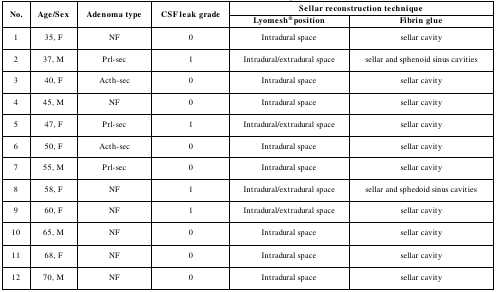
| <ROWSPAN=2> No. | <ROWSPAN=2> Age/Sex | <ROWSPAN=2> Adenoma type | <ROWSPAN=2> CSF leak grade | <COLSPAN=2> Sellar reconstruction technique |
 | Lyomesh®position | Fibrin glue |
 | --- | --- | --- | --- | --- | --- |
 | 1 | 35, F | NF | 0 | Intradural space | sellar cavity |
 | 2 | 37, M | Prl-sec | 1 | Intradural/extradural space | sellar and sphenoid sinus cavities |
 | 3 | 40, F | Acth-sec | 0 | Intradural space | sellar cavity |
 | 4 | 45, M | NF | 0 | Intradural space | sellar cavity |
 | 5 | 47, F | Prl-sec | 1 | Intradural/extradural space | sellar cavity |
 | 6 | 50, F | Acth-sec | 0 | Intradural space | sellar cavity |
 | 7 | 55, M | Prl-sec | 0 | Intradural space | sellar cavity |
 | 8 | 58, F | NF | 1 | Intradural/extradural space | sellar and sphedoid sinus cavities |
 | 9 | 60, F | NF | 1 | Intradural/extradural space | sellar cavity |
 | 10 | 65, M | NF | 0 | Intradural space | sellar cavity |
 | 11 | 68, F | NF | 0 | Intradural space | sellar cavity |
 | 12 | 70, M | NF | 0 | Intradural space | sellar cavity |